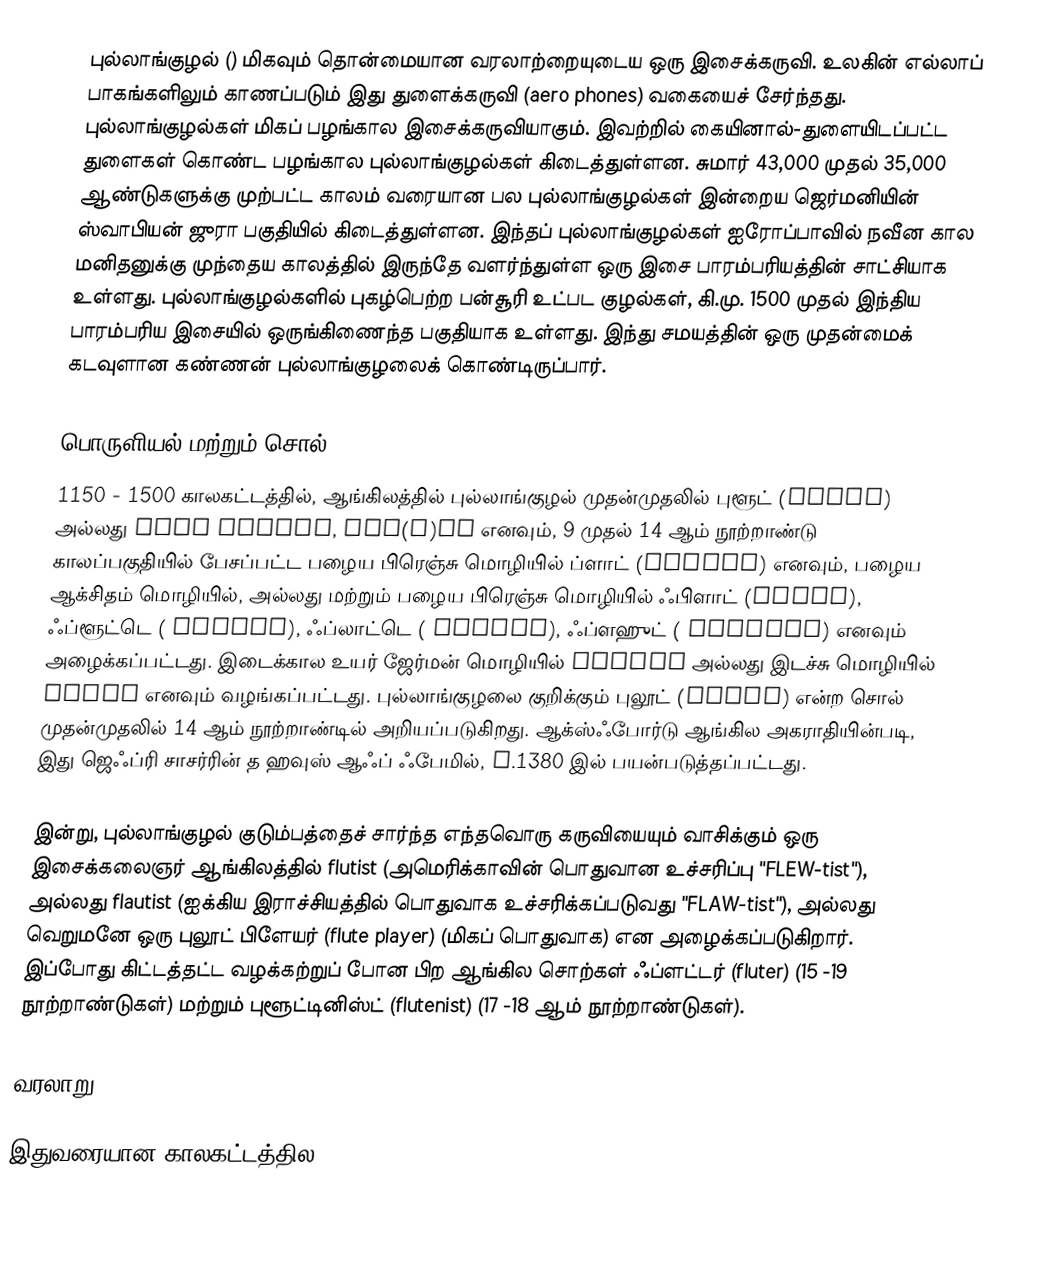
புல்லாங்குழல் () மிகவும் தொன்மையான வரலாற்றையுடைய ஒரு இசைக்கருவி. உலகின் எல்லாப் பாகங்களிலும் காணப்படும் இது துளைக்கருவி (aero phones) வகையைச் சேர்ந்தது. புல்லாங்குழல்கள் மிகப் பழங்கால இசைக்கருவியாகும். இவற்றில் கையினால்-துளையிடப்பட்ட துளைகள் கொண்ட பழங்கால புல்லாங்குழல்கள் கிடைத்துள்ளன. சுமார் 43,000 முதல் 35,000 ஆண்டுகளுக்கு முற்பட்ட காலம் வரையான பல புல்லாங்குழல்கள் இன்றைய ஜெர்மனியின் ஸ்வாபியன் ஜுரா பகுதியில் கிடைத்துள்ளன. இந்தப் புல்லாங்குழல்கள் ஐரோப்பாவில் நவீன கால மனிதனுக்கு முந்தைய காலத்தில் இருந்தே வளர்ந்துள்ள ஒரு இசை பாரம்பரியத்தின் சாட்சியாக உள்ளது. புல்லாங்குழல்களில் புகழ்பெற்ற பன்சூரி உட்பட குழல்கள், கி.மு. 1500 முதல் இந்திய பாரம்பரிய இசையில் ஒருங்கிணைந்த பகுதியாக உள்ளது. இந்து சமயத்தின் ஒரு முதன்மைக் கடவுளான கண்ணன் புல்லாங்குழலைக் கொண்டிருப்பார்.

பொருளியல் மற்றும் சொல்
1150 - 1500 காலகட்டத்தில், ஆங்கிலத்தில் புல்லாங்குழல் முதன்முதலில் புளூட் (flute)  அல்லது  else flowte, flo(y)te  எனவும், 9 முதல் 14 ஆம் நூற்றாண்டு காலப்பகுதியில் பேசப்பட்ட பழைய பிரெஞ்சு மொழியில்  ப்ளாட் (flaute) எனவும், பழைய ஆக்சிதம் மொழியில், அல்லது மற்றும் பழைய பிரெஞ்சு மொழியில் ஃபிளாட் (flaüt), ஃப்ளூட்டெ ( fleüte), ஃப்லாட்டெ ( flaüte), ஃப்ளஹுட் ( flahute) எனவும் அழைக்கப்பட்டது.  இடைக்கால உயர் ஜேர்மன் மொழியில்  floite அல்லது இடச்சு மொழியில் fluit எனவும் வழங்கப்பட்டது. புல்லாங்குழலை குறிக்கும் புலூட் (flute) என்ற சொல் முதன்முதலில் 14 ஆம் நூற்றாண்டில் அறியப்படுகிறது. ஆக்ஸ்ஃபோர்டு ஆங்கில அகராதியின்படி, இது ஜெஃப்ரி சாசர்ரின் த ஹவுஸ் ஆஃப் ஃபேமில், c.1380 இல் பயன்படுத்தப்பட்டது.

இன்று, புல்லாங்குழல் குடும்பத்தைச் சார்ந்த எந்தவொரு கருவியையும் வாசிக்கும் ஒரு இசைக்கலைஞர் ஆங்கிலத்தில் flutist (அமெரிக்காவின் பொதுவான உச்சரிப்பு  "FLEW-tist"), அல்லது flautist (ஐக்கிய இராச்சியத்தில் பொதுவாக உச்சரிக்கப்படுவது "FLAW-tist"),  அல்லது வெறுமனே ஒரு புலூட் பிளேயர்  (flute player) (மிகப் பொதுவாக) என அழைக்கப்படுகிறார். இப்போது கிட்டத்தட்ட வழக்கற்றுப் போன பிற ஆங்கில சொற்கள் ஃப்ளட்டர் (fluter) (15 -19 நூற்றாண்டுகள்)  மற்றும் புளூட்டினிஸ்ட் (flutenist) (17 -18 ஆம் நூற்றாண்டுகள்).

வரலாறு

இதுவரையான காலகட்டத்தில